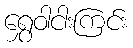
ရွှေဝါငါးကြင်း